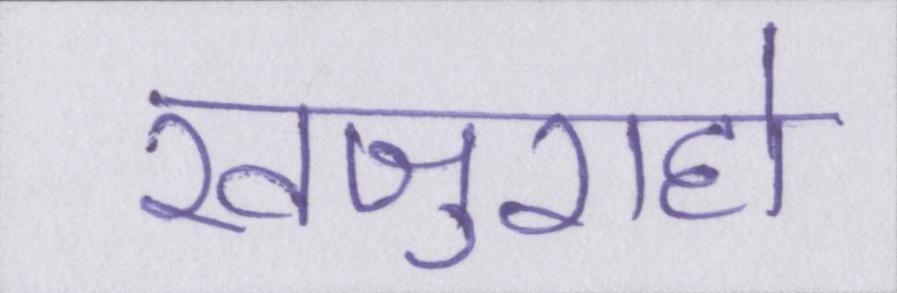
खजुराहो